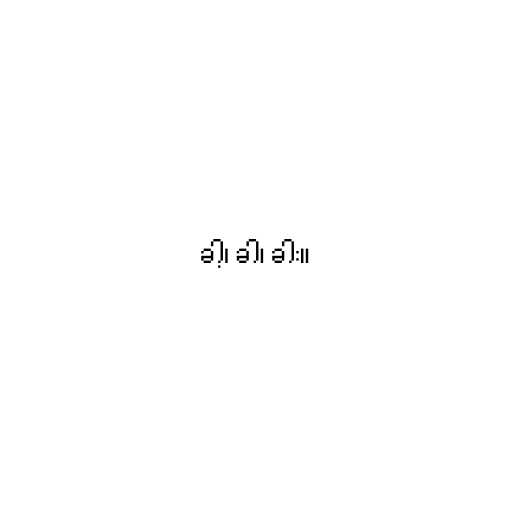
ခါ့၊ ခါ၊ ခါး။